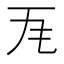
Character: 𭺜